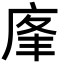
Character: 𢈦